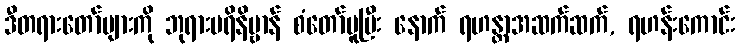
ဒီတရားတော်များကို ဘုရားပရိနိဗ္ဗာန် စံတော်မူပြီး နောက် ရဟန္တာအဆက်ဆက်, ရဟန်းကောင်း